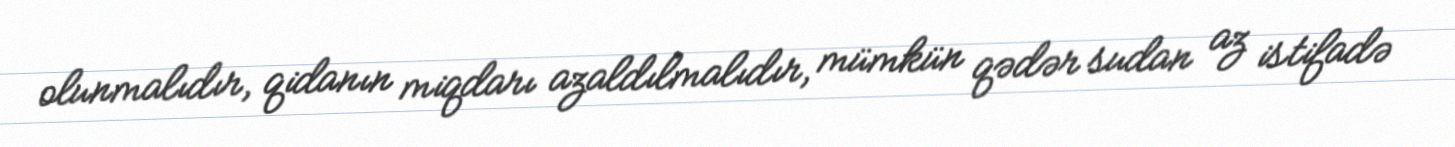
olunmalıdır, qidanın miqdarı azaldılmalıdır, mümkün qədər sudan az istifadə